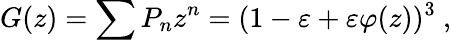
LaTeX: G(z)=\sum{P_{n}z^{n}}=(1-\varepsilon+\varepsilon\varphi(z))^{3}~,